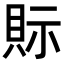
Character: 𧵋